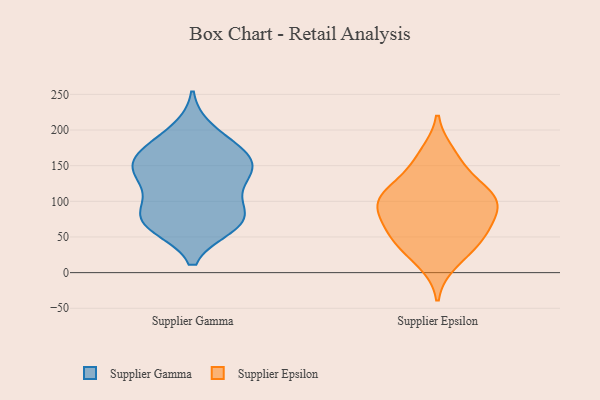
{"axis": {"x": "Bounce Rate (%)", "y": "Value"}, "legend": ["Supplier Epsilon", "Supplier Gamma"], "data": [{"x": "", "y": 167, "type": "Supplier Gamma"}, {"x": "", "y": 160, "type": "Supplier Gamma"}, {"x": "", "y": 95, "type": "Supplier Gamma"}, {"x": "", "y": 132, "type": "Supplier Gamma"}, {"x": "", "y": 200, "type": "Supplier Gamma"}, {"x": "", "y": 164, "type": "Supplier Gamma"}, {"x": "", "y": 65, "type": "Supplier Gamma"}, {"x": "", "y": 152, "type": "Supplier Gamma"}, {"x": "", "y": 76, "type": "Supplier Gamma"}, {"x": "", "y": 68, "type": "Supplier Gamma"}, {"x": "", "y": 184, "type": "Supplier Gamma"}, {"x": "", "y": 138, "type": "Supplier Gamma"}, {"x": "", "y": 66, "type": "Supplier Gamma"}, {"x": "", "y": 129, "type": "Supplier Gamma"}, {"x": "", "y": 144, "type": "Supplier Gamma"}, {"x": "", "y": 75, "type": "Supplier Gamma"}, {"x": "", "y": 92, "type": "Supplier Gamma"}, {"x": "", "y": 63, "type": "Supplier Epsilon"}, {"x": "", "y": 99, "type": "Supplier Epsilon"}, {"x": "", "y": 166, "type": "Supplier Epsilon"}, {"x": "", "y": 102, "type": "Supplier Epsilon"}, {"x": "", "y": 153, "type": "Supplier Epsilon"}, {"x": "", "y": 49, "type": "Supplier Epsilon"}, {"x": "", "y": 108, "type": "Supplier Epsilon"}, {"x": "", "y": 83, "type": "Supplier Epsilon"}, {"x": "", "y": 15, "type": "Supplier Epsilon"}, {"x": "", "y": 111, "type": "Supplier Epsilon"}, {"x": "", "y": 81, "type": "Supplier Epsilon"}, {"x": "", "y": 47, "type": "Supplier Epsilon"}, {"x": "", "y": 37, "type": "Supplier Epsilon"}, {"x": "", "y": 117, "type": "Supplier Epsilon"}]}